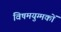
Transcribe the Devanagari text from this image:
विषमयुग्मकों